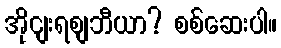
အိုငျးရစျဘီယာ? စစ်ဆေးပါ။